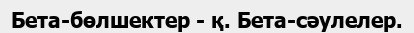
Бета-бөлшектер - қ. Бета-сәулелер.